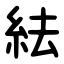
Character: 紶